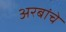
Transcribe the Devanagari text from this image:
अरबांचे